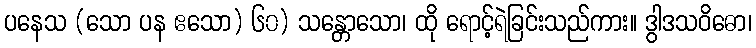
ပနေသ (သော ပန ဧသော) ၆၀) သန္တောသော၊ ထို ရောင့်ရဲခြင်းသည်ကား။ ဒွါဒသဝိဓော၊